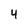
Character: 4